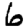
Digit: 6